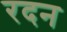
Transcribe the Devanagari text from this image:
रदन